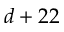
d + 2 2